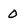
Character: 0